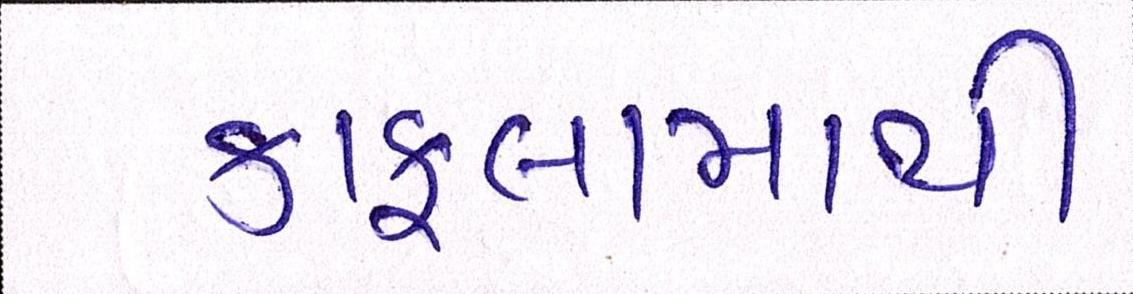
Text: કાફલામાંથી